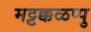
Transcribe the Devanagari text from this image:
मट्टक्कळप्पु